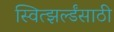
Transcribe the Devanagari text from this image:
स्वित्झर्ल्डंसाठी